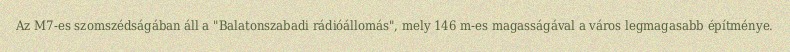
Az M7-es szomszédságában áll a "Balatonszabadi rádióállomás", mely 146 m-es magasságával a város legmagasabb építménye.